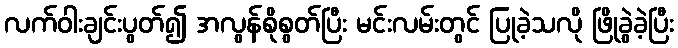
လက်ဝါးချင်းပွတ်၍ အလွန်စိုစွတ်ပြီး မင်းလမ်းတွင် ပြုခဲ့သလို ဖြိုခွဲခဲ့ပြီး